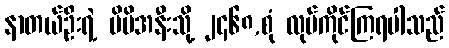
နာတယ်ဦးရဲ့ မိမိအနီးသို့ ၂၄၆၈,စုံ လုပ်ကိုင်ကြရပါသည်